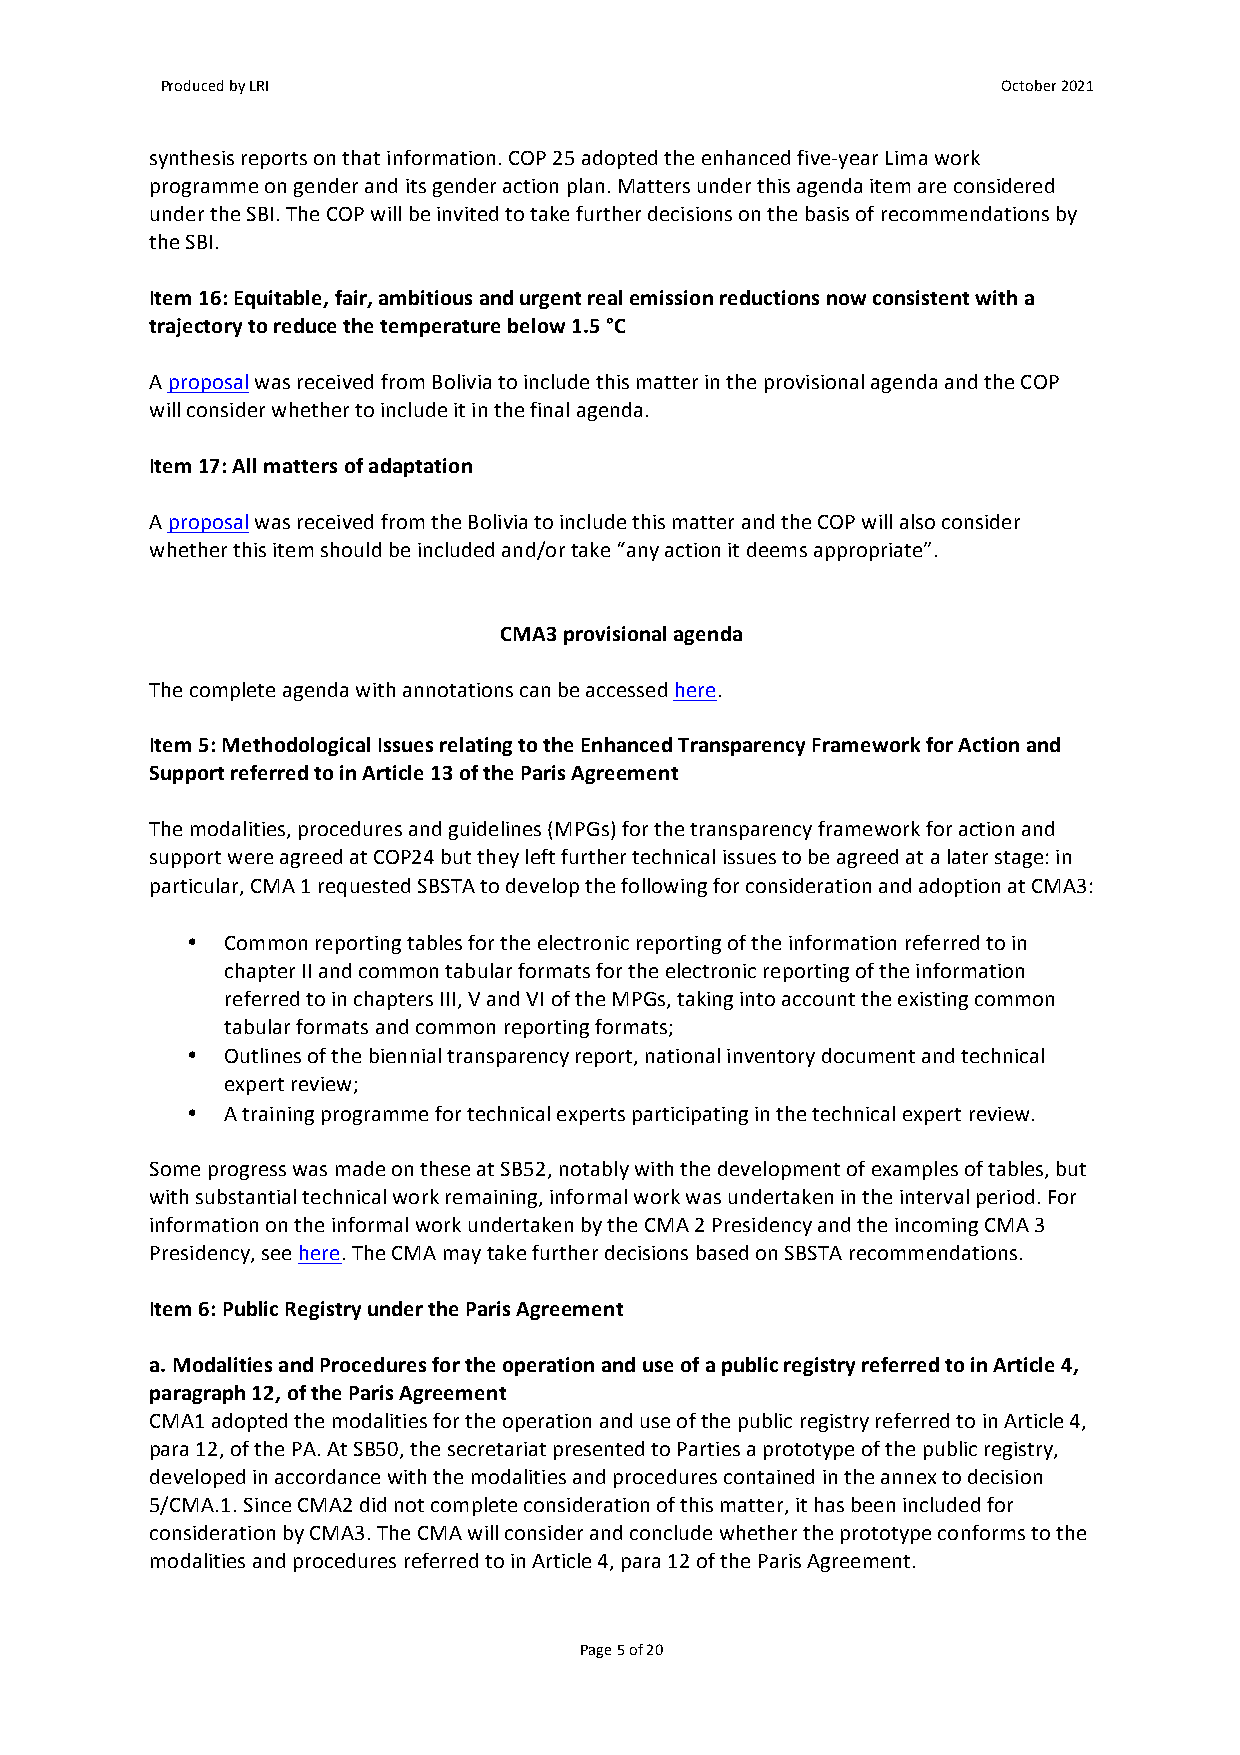
Produced by LRI                                        October 2021
 synthesis reports on that information. COP 25 adopted the enhanced five-year Lima work
 programme on gender and its gender action plan. Matters under this agenda item are considered
 under the SBI. The COP will be invited to take further decisions on the basis of recommendations by
 the SBI.
 Item 16: Equitable, fair, ambitious and urgent real emission reductions now consistent with a
 trajectory to reduce the temperature below 1.5 °C
 A proposal was received from Bolivia to include this matter in the provisional agenda and the COP
 will consider whether to include it in the final agenda.
 Item 17: All matters of adaptation
 A proposal was received from the Bolivia to include this matter and the COP will also consider
 whether this item should be included and/or take “any action it deems appropriate”.
 CMA3 provisional agenda
 The complete agenda with annotations can be accessed here.
 Item 5: Methodological Issues relating to the Enhanced Transparency Framework for Action and
 Support referred to in Article 13 of the Paris Agreement
 The modalities, procedures and guidelines (MPGs) for the transparency framework for action and
 support were agreed at COP24 but they left further technical issues to be agreed at a later stage: in
 particular, CMA 1 requested SBSTA to develop the following for consideration and adoption at CMA3:
 •  Common reporting tables for the electronic reporting of the information referred to in
 chapter II and common tabular formats for the electronic reporting of the information
 referred to in chapters III, V and VI of the MPGs, taking into account the existing common
 tabular formats and common reporting formats;
 •  Outlines of the biennial transparency report, national inventory document and technical
 expert review;
 •  A training programme for technical experts participating in the technical expert review.
 Some progress was made on these at SB52, notably with the development of examples of tables, but
 with substantial technical work remaining, informal work was undertaken in the interval period. For
 information on the informal work undertaken by the CMA 2 Presidency and the incoming CMA 3
 Presidency, see here. The CMA may take further decisions based on SBSTA recommendations.
 Item 6: Public Registry under the Paris Agreement
 a. Modalities and Procedures for the operation and use of a public registry referred to in Article 4,
 paragraph 12, of the Paris Agreement
 CMA1 adopted the modalities for the operation and use of the public registry referred to in Article 4,
 para 12, of the PA. At SB50, the secretariat presented to Parties a prototype of the public registry,
 developed in accordance with the modalities and procedures contained in the annex to decision
 5/CMA.1. Since CMA2 did not complete consideration of this matter, it has been included for
 consideration by CMA3. The CMA will consider and conclude whether the prototype conforms to the
 modalities and procedures referred to in Article 4, para 12 of the Paris Agreement.
 Page 5 of 20